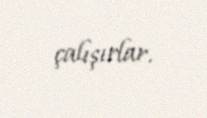
çalışırlar.